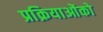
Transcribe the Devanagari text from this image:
प्रक्रियाओंको